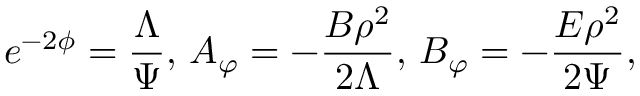
e ^ { - 2 \phi } = \frac { \Lambda } { \Psi } , \, A _ { \varphi } = - \frac { B \rho ^ { 2 } } { 2 \Lambda } , \, B _ { \varphi } = - \frac { E \rho ^ { 2 } } { 2 \Psi } ,